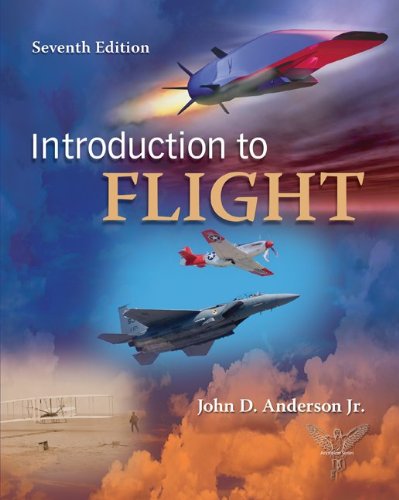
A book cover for Introduction to Flight; John Anderson; Engineering & Transportation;